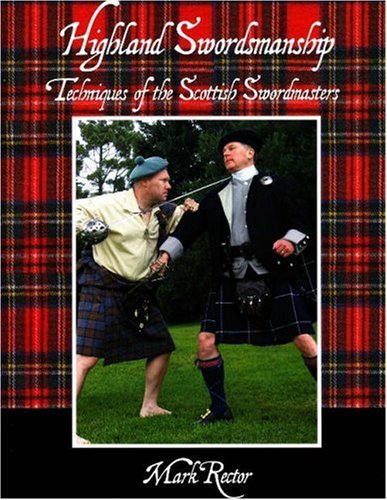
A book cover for Highland Swordsmanship: Techniques of the Scottish Sword Masters; Mark Rector; Sports & Outdoors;